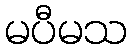
မပီမသ